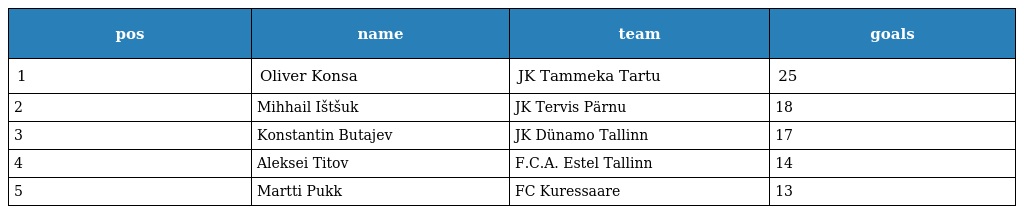
| pos | name | team | goals |
 | --- | --- | --- | --- |
 | 1 | Oliver Konsa | JK Tammeka Tartu | 25 |
 | 2 | Mihhail Ištšuk | JK Tervis Pärnu | 18 |
 | 3 | Konstantin Butajev | JK Dünamo Tallinn | 17 |
 | 4 | Aleksei Titov | F.C.A. Estel Tallinn | 14 |
 | 5 | Martti Pukk | FC Kuressaare | 13 |